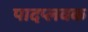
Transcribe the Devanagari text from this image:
पादप्लवक